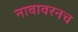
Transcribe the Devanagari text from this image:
नावावरनच